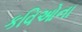
કવિઓના